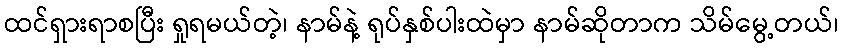
ထင်ရှားရာစပြီး ရှုရမယ်တဲ့၊ နာမ်နဲ့ ရုပ်နှစ်ပါးထဲမှာ နာမ်ဆိုတာက သိမ်မွေ့တယ်၊